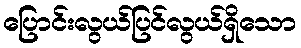
ပြောင်းလွယ်ပြင်လွယ်ရှိသော